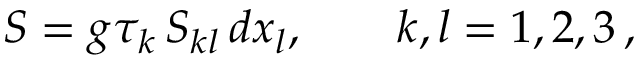
S = g \tau _ { k } \, S _ { k l } \, d x _ { l } , \qquad k , l = 1 , 2 , 3 \, ,